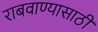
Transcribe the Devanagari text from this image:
राबवाण्यासाठी